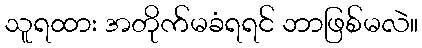
သူရထား အတိုက်မခံရရင် ဘာဖြစ်မလဲ။